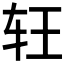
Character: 𰹶